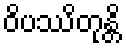
ဝိပဿိတုန္တိ